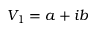
V _ { 1 } = a + i b